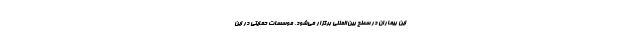
این بیماران در سطح بین‌المللی برگزار می‌شود. موسسات حمایتی در این